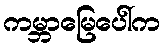
ကမ္ဘာမြေပေါ်က